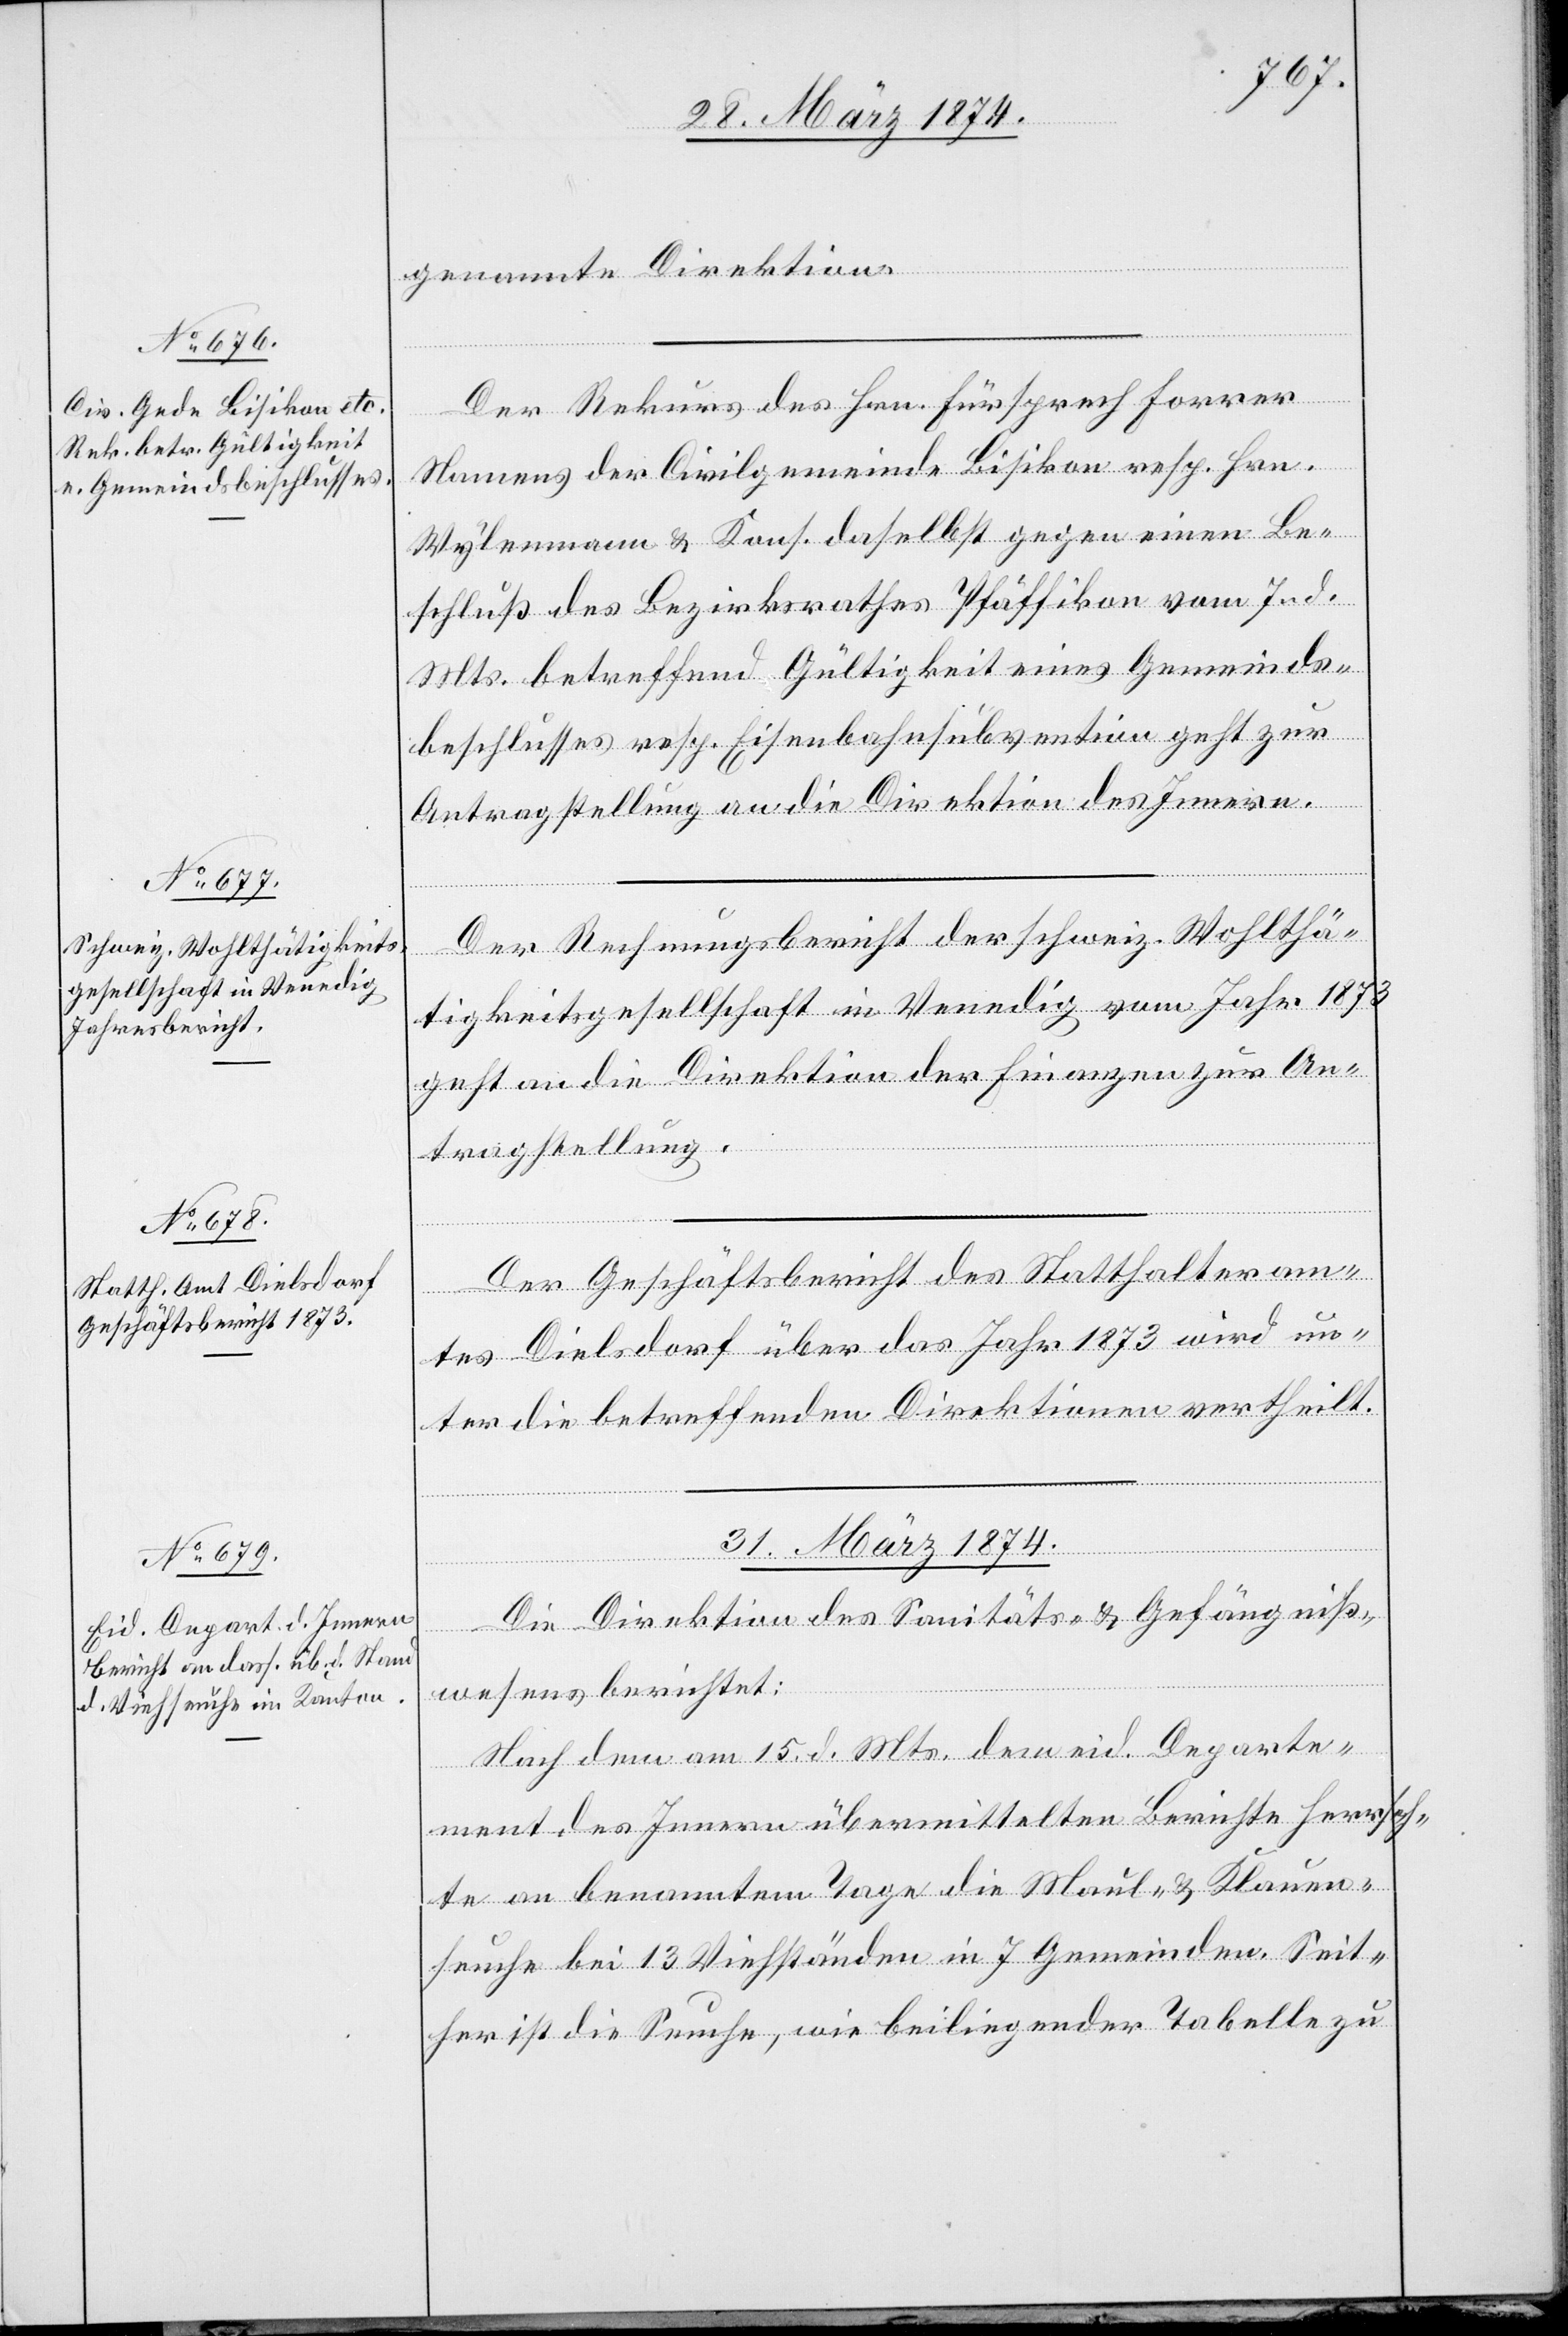
30. März 1874.]
genannte Direktion.
Der Rekurs des Hrn. Fürsprech Forrer
Namens der Civilgemeinde Bisikon resp. Hrn.
Wylenmann u. Kons. daselbst gegen einen Be¬
schluß des Bezirksrathes Pfäffikon vom 7. d.
Mts. betreffend Gültigkeit eines Gemeinds¬
beschlusses resp. Eisenbahnsubvention geht zur
Antragstellung an die Direktion des Innern.
Der Rechnungsbericht der schweiz. Wohlthä¬
tigkeitsgesellschaft in Venedig vom Jahr 1873
geht an die Direktion der Finanzen zur An¬
tragstellung.
Der Geschäftsbericht des Statthalteram¬
tes Dielsdorf über das Jahr 1873 wird un¬
ter die betreffenden Direktionen vertheilt.
31. März 1874.
Die Direktion des Sanitäts- u. Gefängniß¬
wesens berichtet:
Nach dem am 15. d. Mts. dem eid. Departe¬
ment des Innern übermittelten Berichte herrsch¬
te an benanntem Tage die Maul- u. Klauen¬
seuche bei 13 Viehständen in 7 Gemeinden. Seit¬
her ist die Seuche, wie beiliegender Tabelle zu